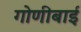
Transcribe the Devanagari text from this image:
गोणीबाई